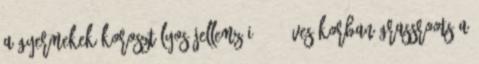
A GYERMEKEK KOROSZTÁLYOS JELLEMZŐI. 5-7 éves korban GRASSROOTS A